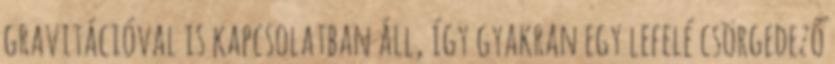
gravitációval is kapcsolatban áll, így gyakran egy lefelé csörgedező